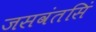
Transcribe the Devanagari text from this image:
जसवंतसिं